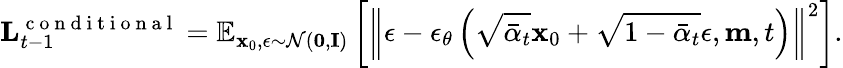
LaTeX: \mathbf{L}_{t-1}^{\mathrm{~c~o~n~d~i~t~i~o~n~a~l~}}=\mathbb{E}_{\mathbf{x}_{0},\epsilon\sim\mathcal{N}(\mathbf{0},\mathbf{I})}\left[\left\| \epsilon-\epsilon_{\theta}\left(\sqrt{\bar{\alpha}_{t}}\mathbf{x}_{0}+\sqrt{1-\bar{\alpha}_{t}}\epsilon,\mathbf{m},t\right)\right\| ^{2}\right].